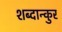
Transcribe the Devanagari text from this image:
शब्दान्कुर